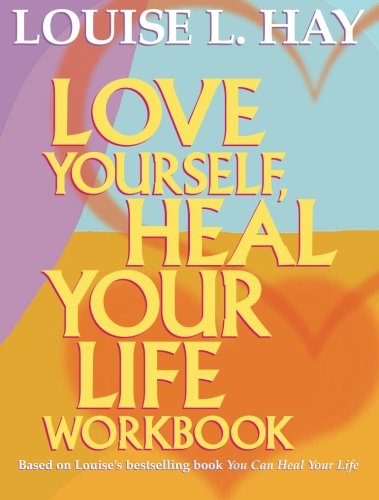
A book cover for Love Yourself, Heal Your Life Workbook (Insight Guide); Louise Hay; Self-Help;